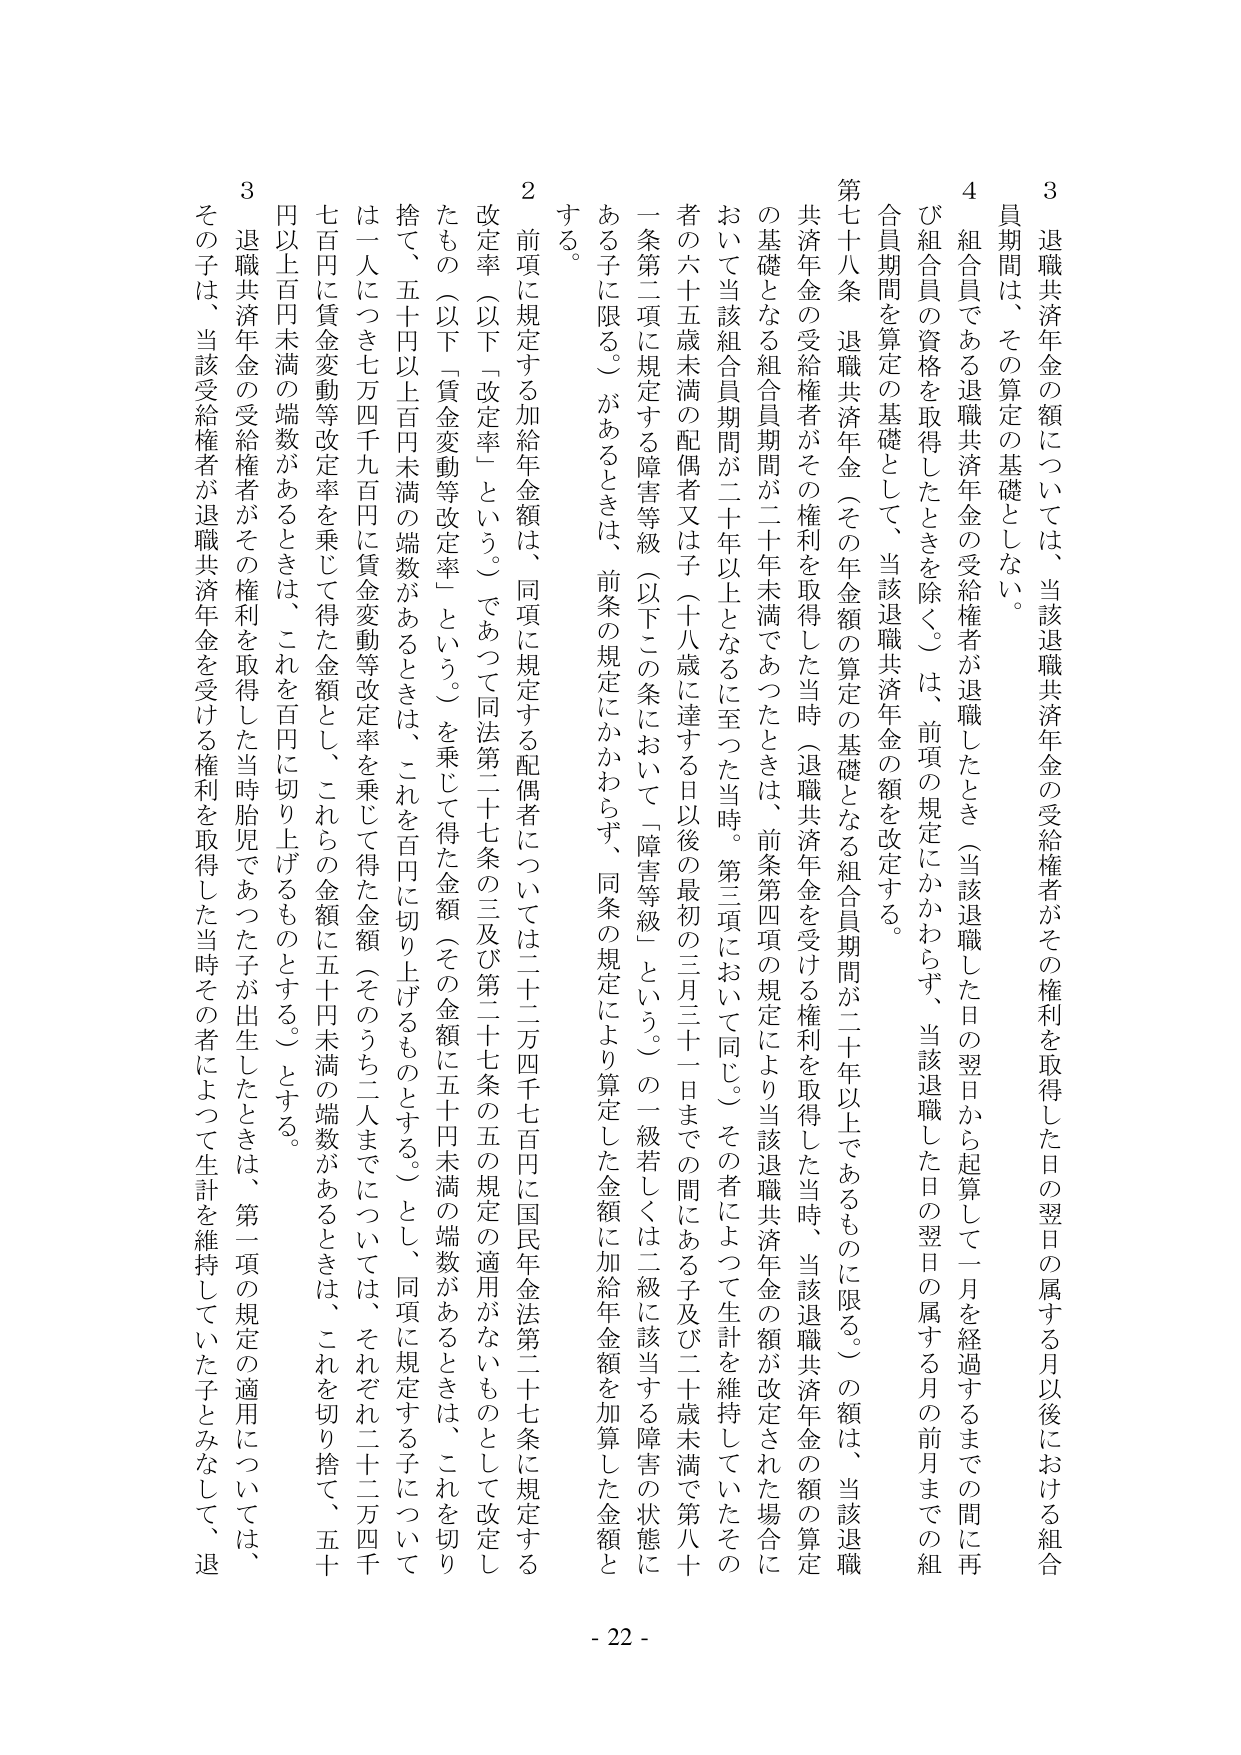
3 退職共済年金の額については、当該退職共済年金の受給権者がその権利を取得した日の翌日の属する月以後における組合員期間は、その算定の基礎としない。

4 組合員である退職共済年金の受給権者が退職したとき（当該退職した日の翌日から起算して一月を経過するまでの間に再び組合員の資格を取得したときを除く。）は、前項の規定にかかわらず、当該退職した日の翌日の属する月の前月までの組合員期間を算定の基礎として、当該退職共済年金の額を改定する。

第七十八条 退職共済年金（その年金額の算定の基礎となる組合員期間が二十年以上であるものに限る。）の額は、当該退職共済年金の受給権者がその権利を取得した当時（退職共済年金を受ける権利を取得した当時、当該退職共済年金の額の算定の基礎となる組合員期間が二十年未満であったときは、前条第四項の規定により当該退職共済年金の額が改定された場合において当該組合員期間が二十年以上となるに至った当時。第三項において同じ。）その者によって生計を維持していたその者の六十五歳未満の配偶者又は子（十八歳に達する日以後の最初の三月三十一日までの間にある子及び二十歳未満で第八十条第二項に規定する障害等級（以下この条において「障害等級」という。）の一級若しくは二級に該当する障害の状態にある子に限る。）があるときは、前条の規定にかかわらず、同条の規定により算定した金額に加給年金額を加算した金額とする。

2 前項に規定する加給年金額は、同項に規定する配偶者については二十二万四千七百円に国民年金法第二十七条に規定する改定率（以下「改定率」という。）であって同法第二十七条の三及び第二十七条の五の規定の適用がないものとして改定したもの（以下「賃金変動等改定率」という。）を乗じて得た金額（その金額に五十円未満の端数があるときは、これを切り捨て、五十円以上百円未満の端数があるときは、これを百円に切り上げるものとする。）とし、同項に規定する子については一人につき七万四千九百円に賃金変動等改定率を乗じて得た金額（そのうち二人までについては、それぞれ二十二万四千七百円に賃金変動等改定率を乗じて得た金額とし、これらの金額に五十円未満の端数があるときは、これを切り捨て、五十円以上百円未満の端数があるときは、これを百円に切り上げるものとする。）とする。

3 退職共済年金の受給権者がその権利を取得した当時胎児であった子が出生したときは、第一項の規定の適用については、その子は、当該受給権者が退職共済年金を受ける権利を取得した当時その者によって生計を維持していた子とみなして、退

- 22 -